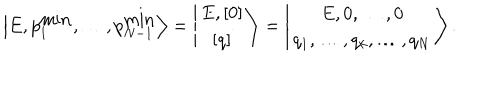
LaTeX: \left\vert E , p _ { 1 } ^ { \mathrm { m i n } } , \ldots , p _ { N - 1 } ^ { \mathrm { m i n } } \right> = \left\vert \begin{array} { c } { { E , \left[ 0 \right] } } \\ { { \left[ q \right] } } \\ \end{array} \right> = \left\vert \begin{array} { c } { { E , 0 , \ldots , 0 } } \\ { { q _ { 1 } , \ldots , q _ { k } , \ldots , q _ { N } } } \\ \end{array} \right> .